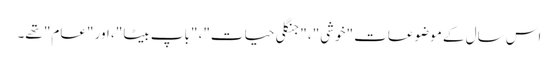
اس سال کے موضوعات "خوشی"، "جنگلی حیات"، "باپ بیٹا"، اور "عام" تھے۔